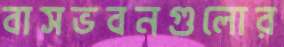
বাসভবনগুলোর